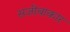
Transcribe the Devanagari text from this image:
सजीवाकार